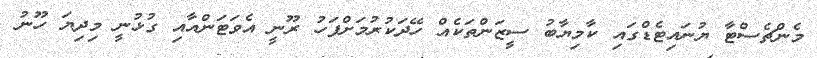
މެންޗެސްޓާ ޔުނައިޓެޑްގައި ކާމިޔާބު ސީޒަންތަކެއް ހޭދަކުރުމަށްފަހު ރޫނީ އެވަޓަންއާއި ގުޅުނީ މިދިޔަ ހޫނު